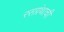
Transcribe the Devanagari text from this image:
रसग्रंथाची